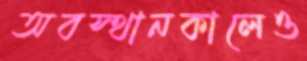
অবস্থানকালেও